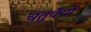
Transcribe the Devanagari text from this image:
चतुर्वेगों